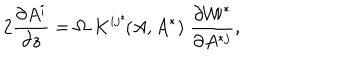
LaTeX: 2 { \frac { \partial A ^ { i } } { \partial z } } = \Omega \; K ^ { i j ^ { * } } \! ( A , A ^ { * } ) \; \frac { \partial { \cal W } ^ { * } } { \partial A ^ { * j } } ,